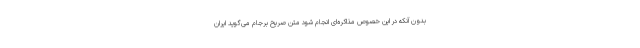
بدون آنکه در این خصوص مذاکره‌ای انجام شود متن صریح برجام می‌گوید ایران